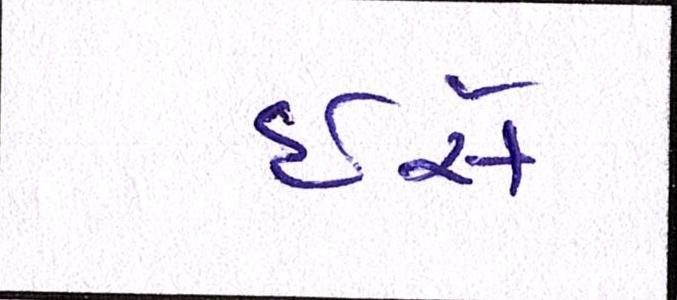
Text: ઇસે